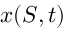
x ( S , t )